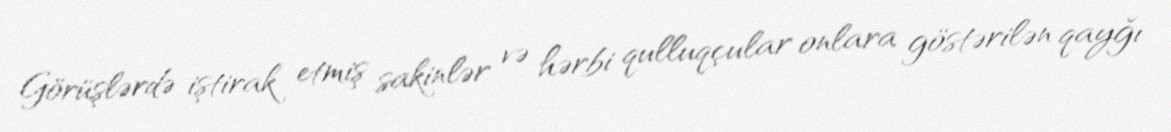
Görüşlərdə iştirak etmiş sakinlər və hərbi qulluqçular onlara göstərilən qayğı